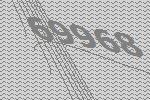
69968